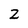
Character: Z